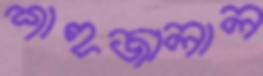
শাহজালাল